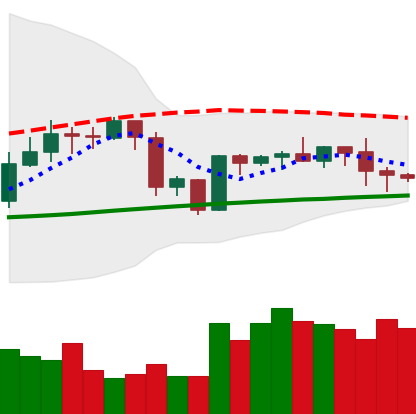
Ticker: BTC-USD
Chart end date: 2020-10-03
Forward return: 3.473%
Label: up_3_5